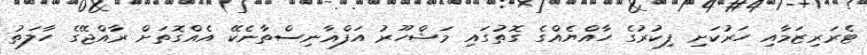
ޓެރަރިޒަމާއި ހަރުކަށި ފިކުރުގެ ހާއްޔެއްގެ ގޮތުގައި މަޝްހޫރު އަފްޣާނިސްތާނެކޭ އެއްގޮތަށް ރާއްޖޭގެ ހާލަތު